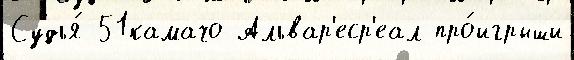
Судья́ 51камачо Альвар'еср'еал про́игрыши